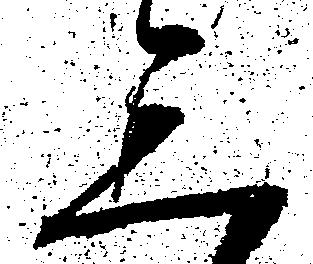
三